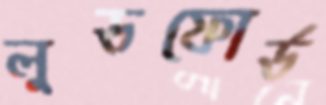
লুডফোর্ড